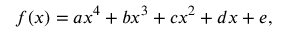
f ( x ) = a x ^ { 4 } + b x ^ { 3 } + c x ^ { 2 } + d x + e ,